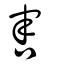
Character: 害